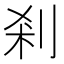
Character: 剎